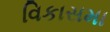
વિકાસમા